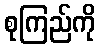
စုကြည်ကို